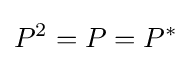
P^{2}=P=P^{*}